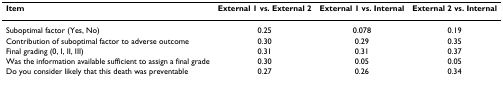
<table><thead><tr><td><b>Item</b></td><td><b>External 1 vs. External 2</b></td><td><b>External 1 vs. Internal</b></td><td><b>External 2 vs. Internal</b></td></tr></thead><tbody><tr><td>Suboptimal factor (Yes, No)</td><td>0.25</td><td>0.078</td><td>0.19</td></tr><tr><td>Contribution of suboptimal factor to adverse outcome</td><td>0.30</td><td>0.29</td><td>0.35</td></tr><tr><td>Final grading (0, I, II, III)</td><td>0.31</td><td>0.31</td><td>0.37</td></tr><tr><td>Was the information available sufficient to assign a final grade</td><td>0.30</td><td>0.05</td><td>0.05</td></tr><tr><td>Do you consider likely that this death was preventable</td><td>0.27</td><td>0.26</td><td>0.34</td></tr></tbody></table>